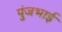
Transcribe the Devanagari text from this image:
पुंजभाई